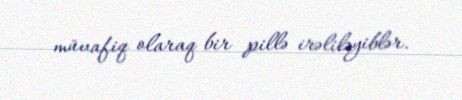
müvafiq olaraq bir pillə irəliləyiblər.